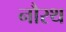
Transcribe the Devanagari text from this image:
नौरथ